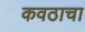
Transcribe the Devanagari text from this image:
कवठाचा